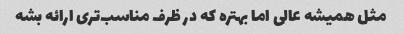
مثل همیشه عالی اما بهتره که در ظرف مناسب‌تری ارائه بشه